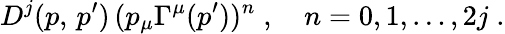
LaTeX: D^{j}(p,\, p^{\prime})\, (p_{\mu}\Gamma^{\mu}(p^{\prime}))^{n}\; ,\quad n=0,1,\ldots,2j\; .